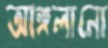
আঙ্গলানো